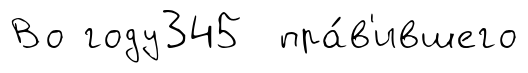
Во году345 пра́в'ившего